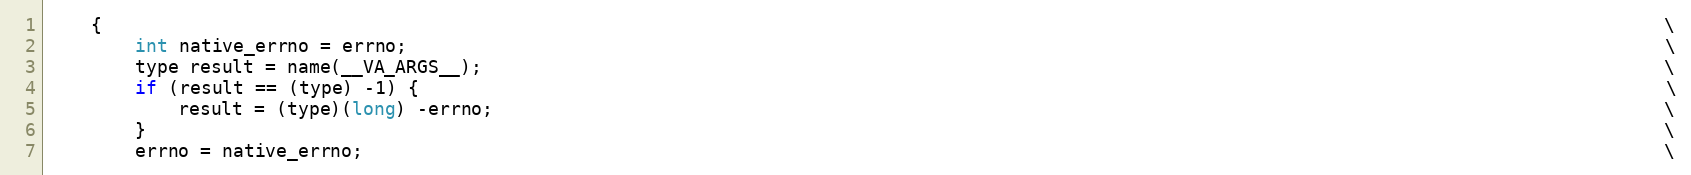
Language: C
    {                                                                                                                                                \
        int native_errno = errno;                                                                                                                    \
        type result = name(__VA_ARGS__);                                                                                                             \
        if (result == (type) -1) {                                                                                                                   \
            result = (type)(long) -errno;                                                                                                            \
        }                                                                                                                                            \
        errno = native_errno;                                                                                                                        \